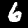
Label: 6